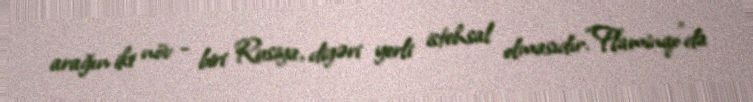
arağın iki növ - biri Rusiya, digəri yerli istehsal olmasıdır.“Flaminqo”da